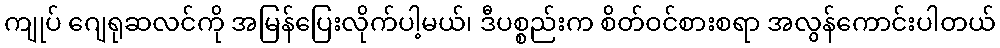
ကျုပ် ဂျေရုဆလင်ကို အမြန်ပြေးလိုက်ပါ့မယ်၊ ဒီပစ္စည်းက စိတ်ဝင်စားစရာ အလွန်ကောင်းပါတယ်